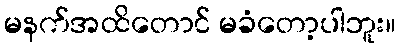
မနက်အထိတောင် မခံတော့ပါဘူး။